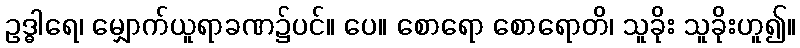
ဥဒ္ဓါရေ၊ မျှောက်ယူရာခဏ၌ပင်။ ပေ။ စောရော စောရောတိ၊ သူခိုး သူခိုးဟူ၍။